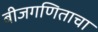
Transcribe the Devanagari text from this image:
बीजगणिताचा